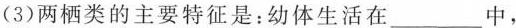
(3)两栖类的主要特征是：幼体生活在____中，